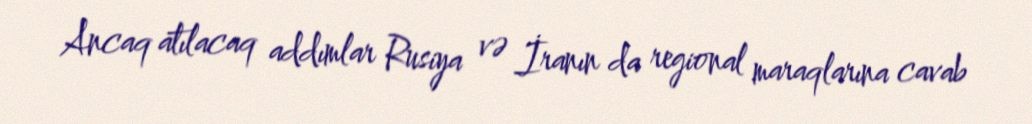
Ancaq atılacaq addımlar Rusiya və İranın da regional maraqlarına cavab